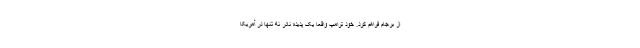
از برجام فراهم کرد. خود ترامپ واقعا یک پدیده نادر نه تنها در آمریکا